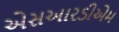
એસઆરડીએમ